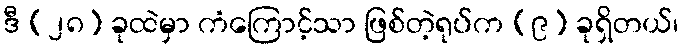
ဒီ (၂၈) ခုထဲမှာ ကံကြောင့်သာ ဖြစ်တဲ့ရုပ်က (၉) ခုရှိတယ်၊